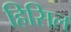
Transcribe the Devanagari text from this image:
हिसिल